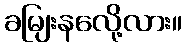
ခမျြးနလေို့လား။